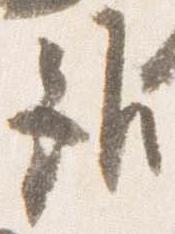
雖